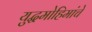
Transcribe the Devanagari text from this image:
युद्धमोहिमांचे